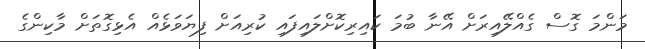
މަންމަ ގޮސް ގެއްލޭއިރަށް އޭނާ ބުމަ ކައިރިކޮށްލައިފައި ކުރިއަށް ފިޔަވަޅެއް އެޅިގޮތަށް މާކިންގެ